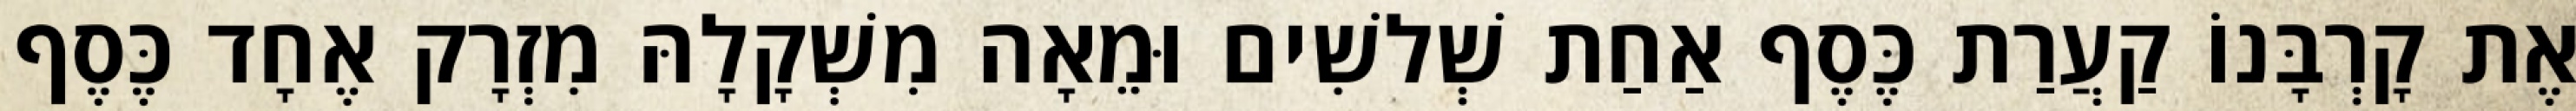
אֶת קָרְבָּנוֹ קַעֲרַת כֶּסֶף אַחַת שְׁלשִׁים וּמֵאָה מִשְׁקָלָהּ מִזְרָק אֶחָד כֶּסֶף